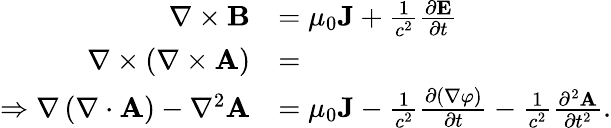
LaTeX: {\begin{array}{rl}{\nabla\times\mathbf{B}}&{=\mu_{0}\mathbf{J}+{\frac{1}{c^{2}}}{\frac{\partial\mathbf{E}}{\partial t}}}\\ {\nabla\times\left(\nabla\times\mathbf{A}\right)}&{=}\\ {\Rightarrow\nabla\left(\nabla\cdot\mathbf{A}\right)-\nabla^{2}\mathbf{A}}&{=\mu_{0}\mathbf{J}-{\frac{1}{c^{2}}}{\frac{\partial(\nabla\varphi)}{\partial t}}-{\frac{1}{c^{2}}}{\frac{\partial^{2}\mathbf{A}}{\partial t^{2}}}.}\end{array}}